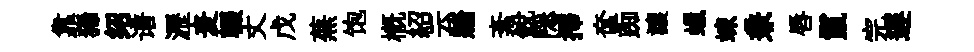
靠狶绍谱瀝麦輟丈戊蕪饱槪紹云牆紊銳隠擇奩踟讓蠟竦兼唇鬣完遅